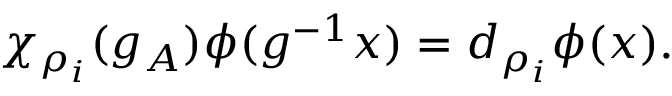
\chi _ { \rho _ { i } } ( g _ { A } ) \phi ( g ^ { - 1 } x ) = d _ { \rho _ { i } } \phi ( x ) .